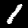
Digit: 1